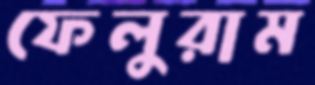
ফেলুরাম